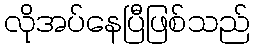
လိုအပ်နေပြီဖြစ်သည်